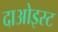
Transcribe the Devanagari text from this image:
दाओइस्ट